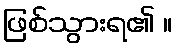
ဖြစ်သွားရ၏ ။